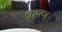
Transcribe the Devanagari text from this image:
ब्रह्मण